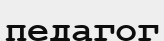
педагог